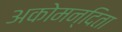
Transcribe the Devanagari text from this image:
अकोमन्दिता